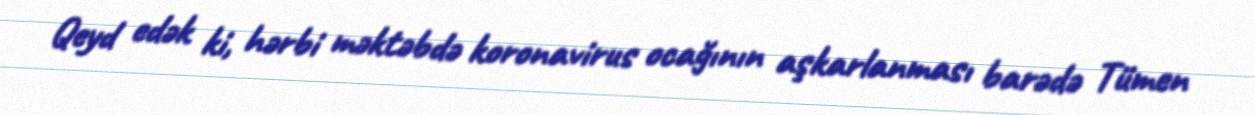
Qeyd edək ki, hərbi məktəbdə koronavirus ocağının aşkarlanması barədə Tümen